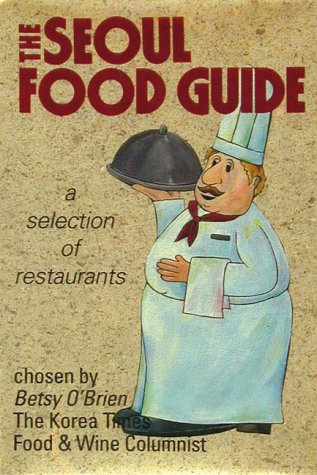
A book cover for The Seoul Food Guide: A Selection of Restaurants; Betsy O'Brien; Travel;